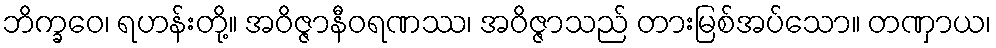
ဘိက္ခဝေ၊ ရဟန်းတို့။ အဝိဇ္ဇာနီဝရဏဿ၊ အဝိဇ္ဇာသည် တားမြစ်အပ်သော။ တဏှာယ၊